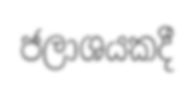
ජලාශයකදී